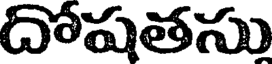
దోషతసు